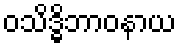
ဝသိဒ္ဓိဘာဝနာယ